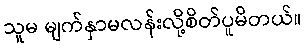
သူမ မျက်နှာမလန်းလို့စိတ်ပူမိတယ်။